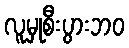
လူမှုစီးပွားဘဝ